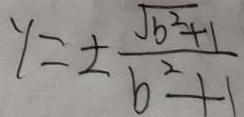
y = \pm \frac { \sqrt { b ^ { 2 } + 1 } } { b ^ { 2 } + 1 }